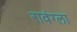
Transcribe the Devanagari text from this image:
रावंग्ला